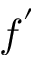
f ^ { ' }